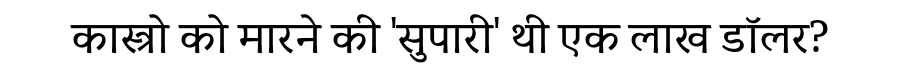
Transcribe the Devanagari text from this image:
कास्त्रो को मारने की 'सुपारी' थी एक लाख डॉलर?